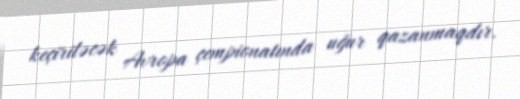
keçiriləcək Avropa çempionatında uğur qazanmaqdır.